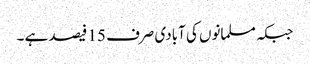
جبکہ مسلمانوں کی آبادی صرف 15 فیصد ہے ۔